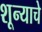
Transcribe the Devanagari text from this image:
शून्याचे